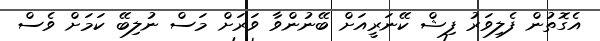
އެގޮތުން ފެލިވަރު ފިޝް ކޭނަރީއަށް ބޭނުންވާ ވަރަށް މަސް ނުލިބޭ ކަމަށް ވެސް